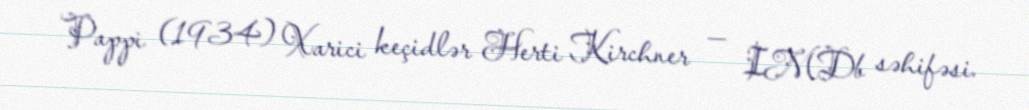
Pappi (1934) Xarici keçidlər Herti Kirchner — IMDb səhifəsi.